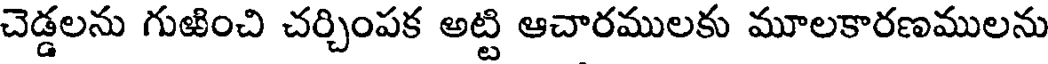
చెడ్డలను గుఱించి చర్చింపక అట్టి ఆచారములకు మూలకారణములను